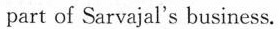
part of Sarvajal's business.